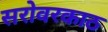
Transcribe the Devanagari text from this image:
सरोवरकाठ